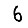
Digit: 6